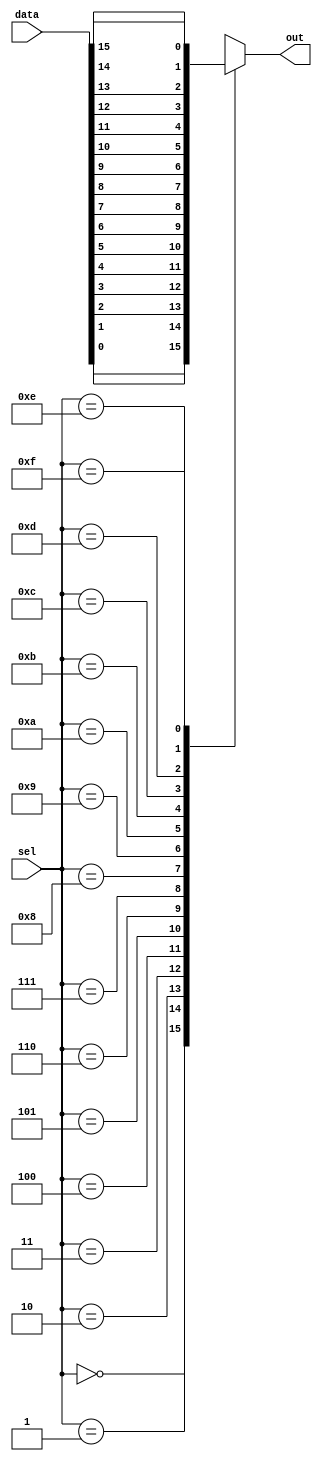
module mux_16to1 (
    input [15:0] data,
    input [3:0] sel,
    output reg out
);

always @ (*) begin
    case (sel)
        4'b0000: out = data[0];
        4'b0001: out = data[1];
        4'b0010: out = data[2];
        4'b0011: out = data[3];
        4'b0100: out = data[4];
        4'b0101: out = data[5];
        4'b0110: out = data[6];
        4'b0111: out = data[7];
        4'b1000: out = data[8];
        4'b1001: out = data[9];
        4'b1010: out = data[10];
        4'b1011: out = data[11];
        4'b1100: out = data[12];
        4'b1101: out = data[13];
        4'b1110: out = data[14];
        4'b1111: out = data[15];
        default: out = 1'b0; // Default value for output line
    endcase
end

endmodule